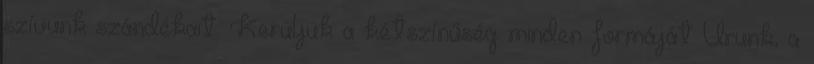
szívünk szándékait. Kerüljük a kétszínűség minden formáját Urunk, a